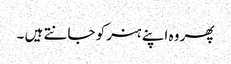
پھر وہ اپنے ہنر کو جانتے ہیں ۔